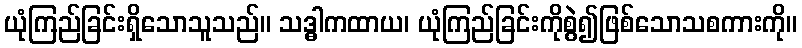
ယုံကြည်ခြင်းရှိသောသူသည်။ သဒ္ဓါကထာယ၊ ယုံကြည်ခြင်းကိုစွဲ၍ဖြစ်သောသစကားကို။